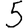
Digit: 5